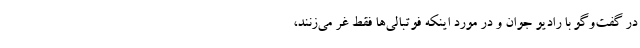
در گفت‌وگو با رادیو جوان و در مورد اینکه فوتبالی‌ها فقط غر می‌زنند،